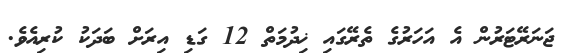
ޖަނަރޭޓަރުން އެ އަހަރުގެ ތެރޭގައި ޚިދުމަތް 12 ގަޑި އިރަށް ބަދަކު ކުރިއެވެ.